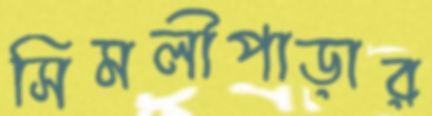
সিমলীপাড়ার